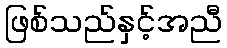
ဖြစ်သည်နှင့်အညီ